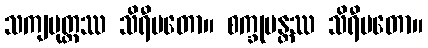
သကျပုတ္တဿ သိရီမတော။ စက္ခုမန္တဿ သိရီမတော။